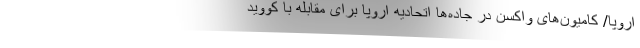
اروپا/ کامیون‌های واکسن در جاده‌‌ها اتحادیه اروپا برای مقابله با کووید